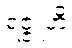
ရဇ္ဇူဟိ